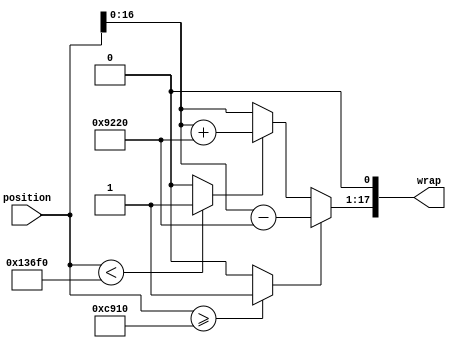
// -------------------------------------------------------------
// 
// 
// Generated by MATLAB 8.2 and HDL Coder 3.3
// 
// -------------------------------------------------------------


// -------------------------------------------------------------
// 
// Module: controllerHdl_Wrap_NegPi_To_Pi
// Source Path: controllerHdl/Encoder_To_Position_And_Velocity/Calculate_Rotor_Velocity/Wrap_NegPi_To_Pi
// Hierarchy Level: 4
// 
// -------------------------------------------------------------

`timescale 1 ns / 1 ns

module controllerHdl_Wrap_NegPi_To_Pi
          (
           position,
           wrap
          );


  input   signed [18:0] position;  // sfix19_En14
  output  signed [17:0] wrap;  // sfix18_En15


  wire signed [18:0] Constant1_out1;  // sfix19_En14
  wire signed [18:0] Constant_out1;  // sfix19_En14
  wire Relational_Operator1_relop1;
  wire position_less_than_pi;
  wire signed [19:0] Data_Type_Conversion_out1;  // sfix20_En14
  wire signed [18:0] Constant3_out1;  // sfix19_En14
  wire Relational_Operator_relop1;
  wire position_greater_than_pi;
  wire signed [19:0] Add1_add_cast;  // sfix20_En14
  wire signed [19:0] Add1_add_cast_1;  // sfix20_En14
  wire signed [19:0] wrap_position_less_than_neg_pi;  // sfix20_En14
  wire signed [19:0] Switch2_out1;  // sfix20_En14
  wire signed [18:0] Constant2_out1;  // sfix19_En14
  wire signed [19:0] Add_sub_cast;  // sfix20_En14
  wire signed [19:0] Add_sub_cast_1;  // sfix20_En14
  wire signed [19:0] wrap_position_greater_than_pi;  // sfix20_En14
  wire signed [19:0] Switch1_out1;  // sfix20_En14
  wire signed [17:0] Angle_Data_Type_out1;  // sfix18_En15

  // Wrap Angle


  // <S9>/Constant1
  assign Constant1_out1 = 19'sb0001100100100010000;



  // <S9>/Constant
  assign Constant_out1 = 19'sb1110011011011110000;



  // <S9>/Relational Operator1
  assign Relational_Operator1_relop1 = (position < Constant_out1 ? 1'b1 :
              1'b0);



  assign position_less_than_pi = Relational_Operator1_relop1;

  // <S9>/Data Type Conversion
  assign Data_Type_Conversion_out1 = position;



  // <S9>/Constant3
  assign Constant3_out1 = 19'sb0011001001000100000;



  // <S9>/Relational Operator
  assign Relational_Operator_relop1 = (position >= Constant1_out1 ? 1'b1 :
              1'b0);



  assign position_greater_than_pi = Relational_Operator_relop1;

  // <S9>/Add1
  assign Add1_add_cast = position;
  assign Add1_add_cast_1 = Constant3_out1;
  assign wrap_position_less_than_neg_pi = Add1_add_cast + Add1_add_cast_1;



  // <S9>/Switch2
  assign Switch2_out1 = (position_less_than_pi == 1'b0 ? Data_Type_Conversion_out1 :
              wrap_position_less_than_neg_pi);



  // <S9>/Constant2
  assign Constant2_out1 = 19'sb0011001001000100000;



  // <S9>/Add
  assign Add_sub_cast = position;
  assign Add_sub_cast_1 = Constant2_out1;
  assign wrap_position_greater_than_pi = Add_sub_cast - Add_sub_cast_1;



  // <S9>/Switch1
  assign Switch1_out1 = (position_greater_than_pi == 1'b0 ? Switch2_out1 :
              wrap_position_greater_than_pi);



  // <S9>/Angle_Data_Type
  assign Angle_Data_Type_out1 = {Switch1_out1[16:0], 1'b0};



  assign wrap = Angle_Data_Type_out1;

endmodule  // controllerHdl_Wrap_NegPi_To_Pi